Report of the Hyderabad Chloroform Commission
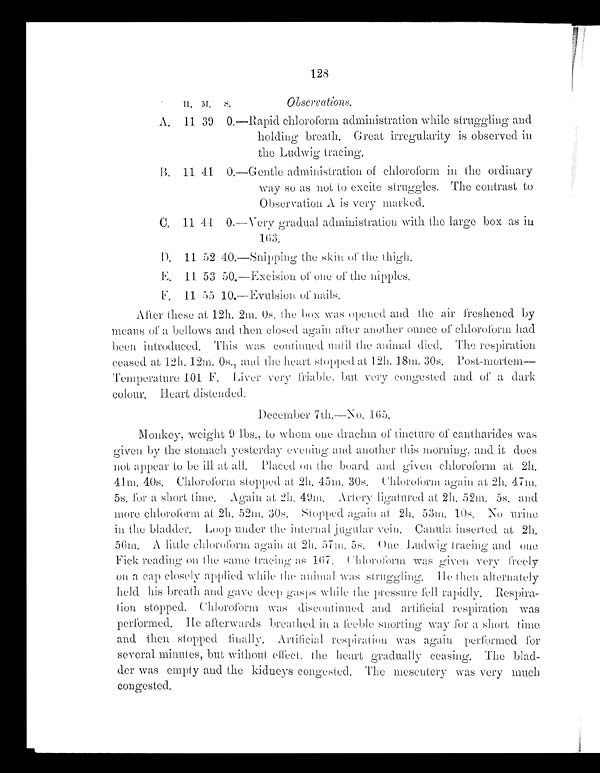
128
H . M . S .
Observations.
A, 11 39 0.—Rapid chloroform administration while struggling and
holding breath. Great irregularity is observed in
the Ludwig tracing.
B. 11 41 0.—Gentle administration of chloroform in the ordinary
way SO as not to excite struggles. The contrast to
Observation A is very marked.
C. 11 44 0.—Very gradual administration with the large box as in
163.
D . 1 1
52 40.—Snipping the skin of the thigh.
E. 11 53 50.—Excision of one of the nipples
.
F .
1 1 5 5 1 0 . — E v u l s i o n o fn
a i l s .
After these at 12h. 2m. 0s. the box was opened and the air freshened by
means of a bellows and then closed again after another ounce of chloroform had
been introduced. This was continued until the animal died. The respiration
ceased at 12h. 12m. 0s., and the heart stopped at 12h. 18m. 30s. Post-mortem
— T e m p e r a t u r e 1 0 1 F . L i v e r v e r y f r i a b l e , b u t v e r y c o n g e s t e d a n d o f a d a r k
col our . Hear t di st ended.
December 7th.—No. 165.
Monkey, weight 9 lbs., to whom one drachm of tincture of canthiarides was
given by the stomach yesterday evening rind another this morning, and it does
not appear to be ill at all.. P l a c e d o n t h e b o a r d a n d
g i v e n
c h l o r o f o r m a t 2 h .
4.1m. 40s. Chloroform stopped at 2h. 45m. 30s. Chloroform again at 2h.
4 7 m . 5 s . f o r a s h o r t t i m e . A g a i n a t 2 h .4
9 m .
A r t e r y l i g a t u r e d a t 2 h . 5 2 m . 5 s . a n d
more chloroform at 2h. 52m. 30s. Stopped again at 2h. 53m. 10s. No urine
in the bladder. Loop under the internal jugular vein. Canula, inserted at 2h.
56m. A little chloroform again at 2h. 57m. 5s. One Ludwig tracing and one
Fick reading on the same tracing as 167. Chloroform was given very freely
on a cap closely applied while the animal was struggling. He hen alternately
held his breath and gave deep gasps while the pressure fell rapidly.
R e s p i r a - t i o n s t o p p e d . C h l o r o f o r m w a s d i s c o n t i n u e d a n d a r t i f i c i a lr
e s p i r a t i o n a s
performed. He afterwards breathed in a feeble snorting way for a short time
and then stopped finally. Artilicial respiration - was again performed for
several minutes, but without effect, the heart gradually ceasing. The
b l a d -
der was empty and the kidneys congested. The mesentery was very much
congested.